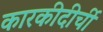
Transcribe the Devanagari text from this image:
कारकीदीर्ची